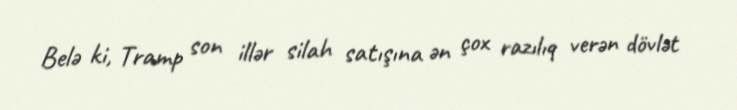
Belə ki, Tramp son illər silah satışına ən çox razılıq verən dövlət